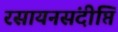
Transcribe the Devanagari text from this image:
रसायनसंदीप्ति